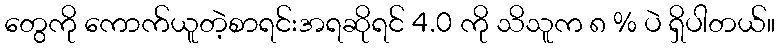
တွေကို ကောက်ယူတဲ့စာရင်းအရဆိုရင် 4.0 ကို သိသူက ၈ % ပဲ ရှိပါတယ်။